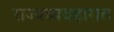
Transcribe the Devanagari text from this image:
राज्यव्यवहारात